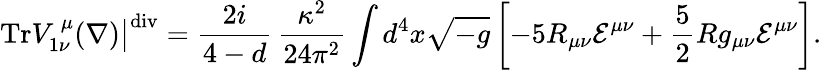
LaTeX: \left.\mathrm{Tr}V_{1\nu}^{~\mu}(\nabla)\right|^{\mathrm{div}}=\frac{2i}{4-d}\, \frac{\kappa^{2}}{24\pi^{2}}\int d^{4}x\sqrt{-g}\left[-5R_{\mu\nu}{\cal E}^{\mu\nu}+\frac{5}{2}Rg_{\mu\nu}{\cal E}^{\mu\nu}\right].